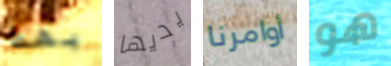
بهذا يديها أوامرنا هو